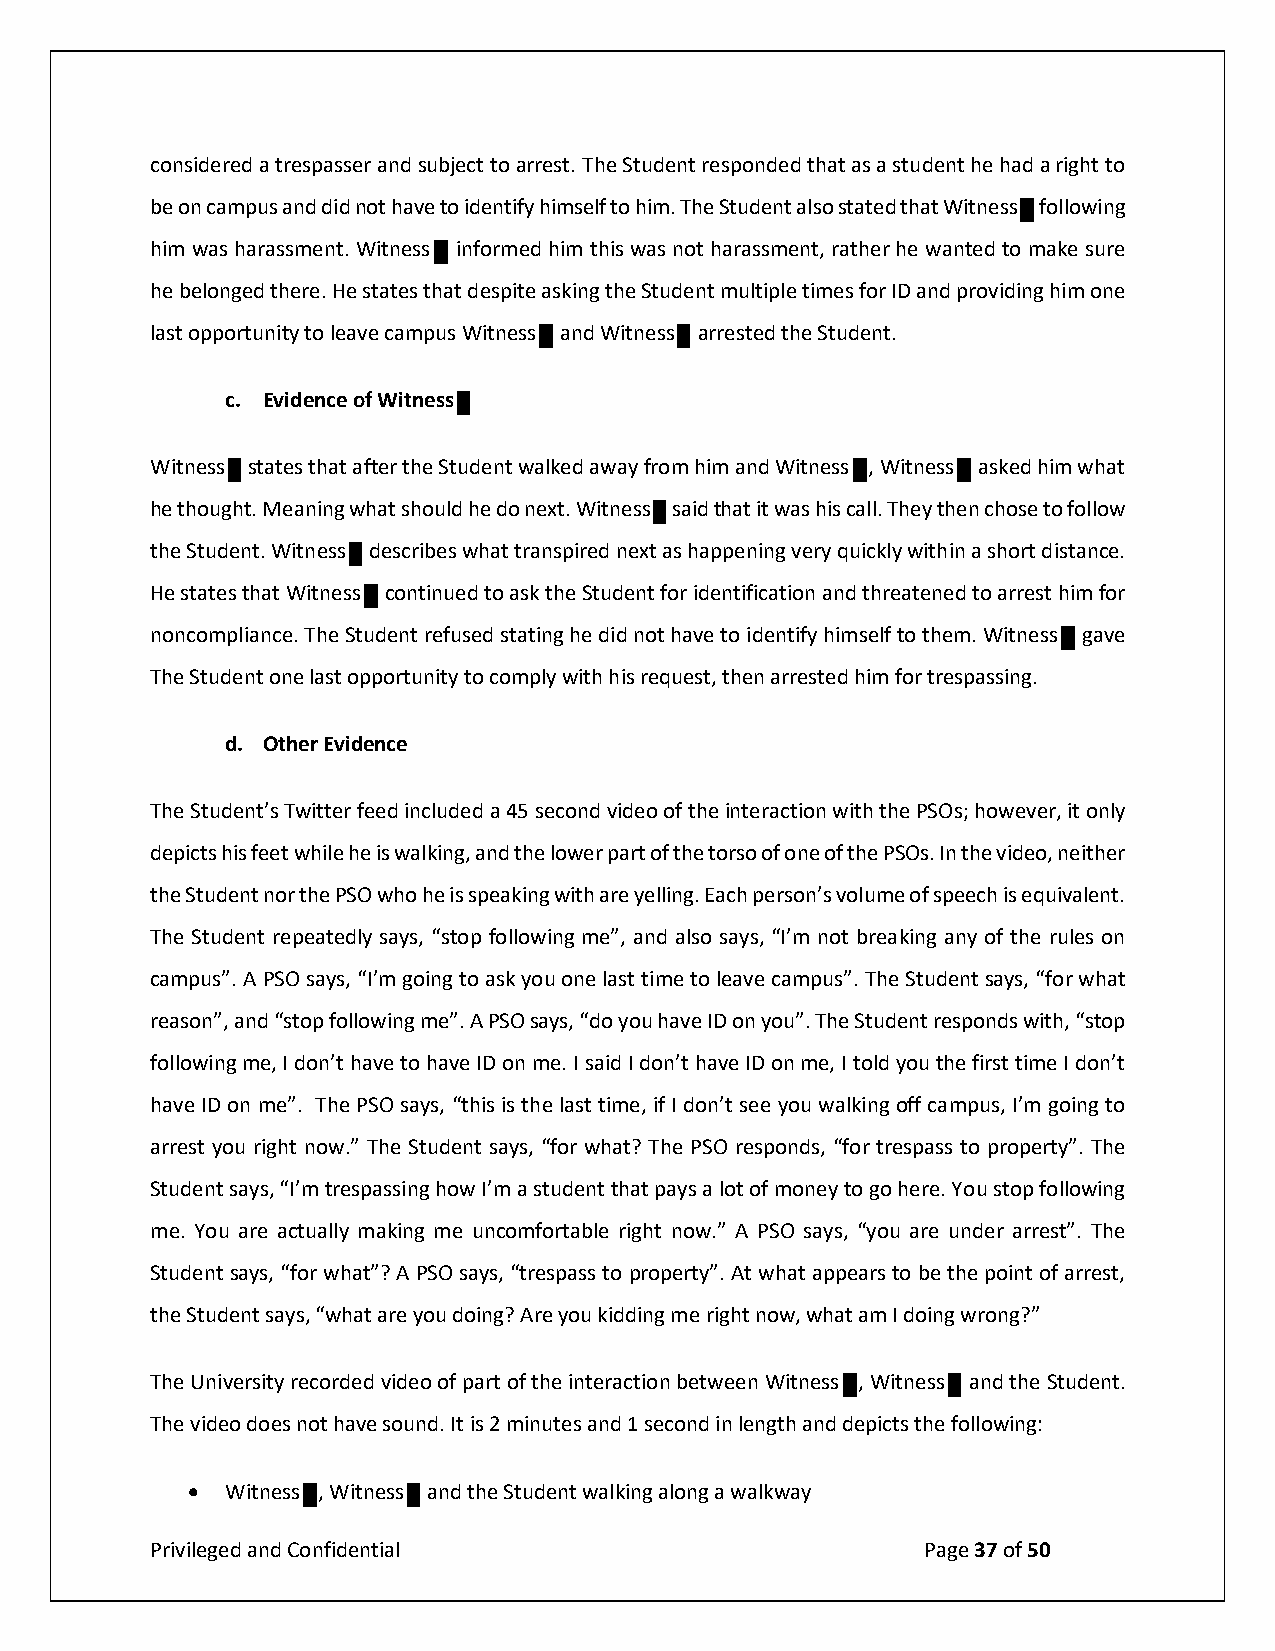
considered a trespasser and subject to arrest. The Student responded that as a student he had a right to
 be on campus and did not have to identify himself to him. The Student also stated that Witness following
 him was harassment. Witness informed him this was not harassment, rather he wanted to make sure
 he belonged there. He states that despite asking the Student multiple times for ID and providing him one
 last opportunity to leave campus Witness and Witness arrested the Student.
 c. Evidence of Witness
 Witness states that after the Student walked away from him and Witness , Witness asked him what
 he thought. Meaning what should he do next. Witness said that it was his call. They then chose to follow
 the Student. Witness describes what transpired next as happening very quickly within a short distance.
 He states that Witness continued to ask the Student for identification and threatened to arrest him for
 noncompliance. The Student refused stating he did not have to identify himself to them. Witness gave
 The Student one last opportunity to comply with his request, then arrested him for trespassing.
 The Student’s Twitter feed included a 45 second video of the interaction with the PSOs; however, it only
 depicts his feet while he is walking, and the lower part of the torso of one of the PSOs. In the video, neither
 the Student nor the PSO who he is speaking with are yelling. Each person’s volume of speech is equivalent.
 The Student repeatedly says, “stop following me”, and also says, “I’m not breaking any of the rules on
 campus”. A PSO says, “I’m going to ask you one last time to leave campus”. The Student says, “for what
 reason”, and “stop following me”. A PSO says, “do you have ID on you”. The Student responds with, “stop
 following me, I don’t have to have ID on me. I said I don’t have ID on me, I told you the first time I don’t
 have ID on me”. The PSO says, “this is the last time, if I don’t see you walking off campus, I’m going to
 arrest you right now.” The Student says, “for what? The PSO responds, “for trespass to property”. The
 Student says, “I’m trespassing how I’m a student that pays a lot of money to go here. You stop following
 me. You are actually making me uncomfortable right now.” A PSO says, “you are under arrest”. The
 Student says, “for what”? A PSO says, “trespass to property”. At what appears to be the point of arrest,
 the Student says, “what are you doing? Are you kidding me right now, what am I doing wrong?”
 The University recorded video of part of the interaction between Witness , Witness and the Student.
 The video does not have sound. It is 2 minutes and 1 second in length and depicts the following:
 •  Witness , Witness and the Student walking along a walkway
 Privileged and Confidential                        Page 37 of 50
 d. Other Evidence